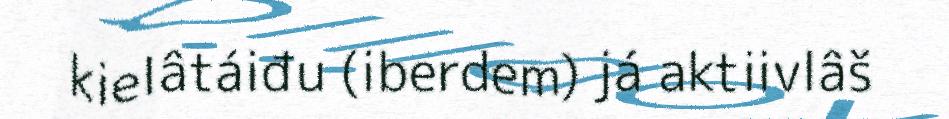
kielâtáiđu (iberdem) já aktiivlâš